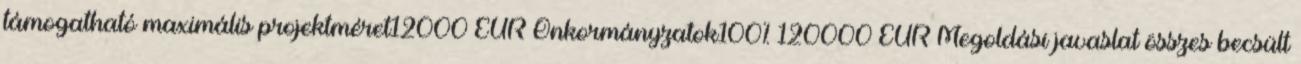
támogatható maximális projektméret12000 EUR▪Önkormányzatok100% 120000 EUR▪Megoldási javaslat összes becsült